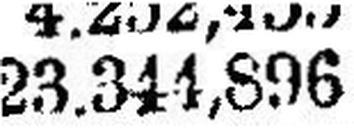
23.344,896